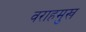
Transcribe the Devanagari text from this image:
वराहमुख